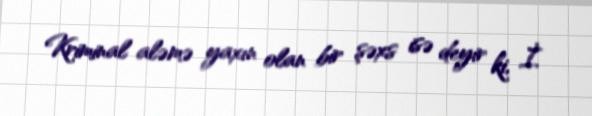
Kriminal aləmə yaxın olan bir şəxs isə deyir ki, İ.